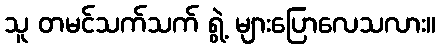
သူ တမင်သက်သက် ရွဲ့ များပြောလေသလား။